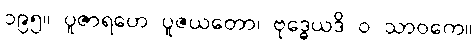
၁၉၅။ ပူဇာရဟေ ပူဇယတော၊ ဗုဒ္ဓေယဒိ ဝ သာဝကေ။